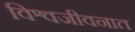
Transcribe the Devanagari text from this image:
विश्वजीवनात